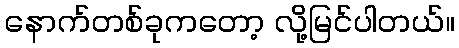
နောက်တစ်ခုကတော့ လို့မြင်ပါတယ်။